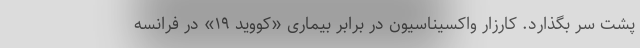
پشت سر بگذارد. کارزار واکسیناسیون در برابر بیماری «کووید ۱۹» در فرانسه